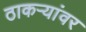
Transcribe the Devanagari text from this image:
ठाकर्‍यांवर